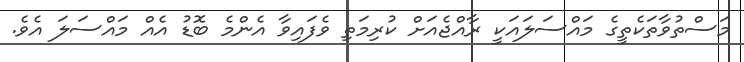
މަސްތުވާތަކެތީގެ މައްސަލައަކީ ރާއްޖެއަށް ކުރިމަތި ވެފައިވާ އެންމެ ބޮޑު އެއް މައްސަލަ އެވެ.